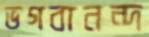
ভগবানন্দ